Indian journal of veterinary science and animal husbandry - Volume 2,
Year: 1932
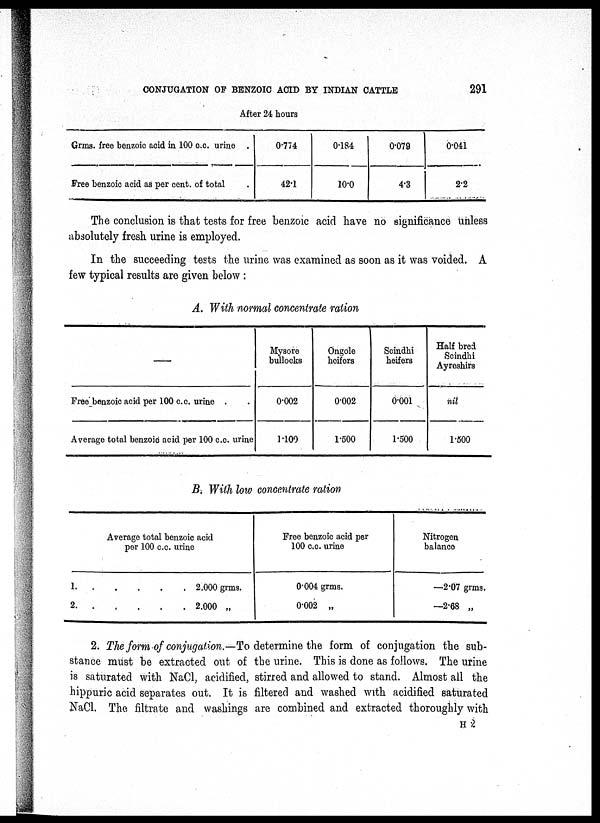
CONJUGATION OF BENZOIC ACID BY INDIAN CATTLE
291
After 24 hours
Grms. free benzoic acid in 100 c.c. urine .
Free benzoic acid as per cent. of total
0.774
42.1
0.184
10.0
0.079
4.3
0.041
2.2
The conclusion is that tests for free benzoic acid have no significance unless
absolutely fresh urine is employed.
In the succeeding tests the urine was examined as soon as it was voided. A
few typical results are given below :
A. With normal concentrate ration
—
Free benzoic acid per 100 c.c. urine .
Average total benzoic acid per 100 c.c. urine
Mysore
bullocks
0.002
1.100
Ongole
heifers
0.002
1.500
Scindhi
heifers
0.001
1.500
Half bred
Scindhi
Ayreshirs
nil
1.500
B. With low concentrate ration
Average total benzoic acid
per 100 c.c. urine
1.
2.
2.000 grms.
2.000 „
Free benzoic acid per
100 c.c. urine
0.004 grms.
0.002 „
Nitrogen
balance
—2.07 grms.
—2.68 „
2. The form of conjugation.—To determine the form of conjugation the sub-
stance must be extracted out of the urine. This is done as follows. The urine
is saturated with. NaCl, acidified, stirred and allowed to stand. Almost all the
hippuric acid separates out. It is filtered and washed with acidified saturated
NaCl. The filtrate and washings are combined and extracted thoroughly with
H 2